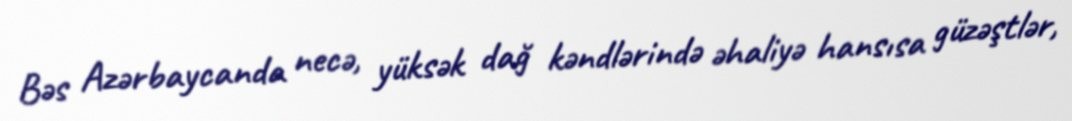
Bəs Azərbaycanda necə, yüksək dağ kəndlərində əhaliyə hansısa güzəştlər,